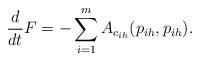
LaTeX: \begin{align*}\frac{d}{dt} F&= - \sum_{i=1}^m A_{c_{ih}}(p_{ih}, p_{ih}).\end{align*}